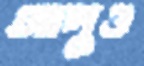
আপুও